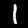
Digit: 1